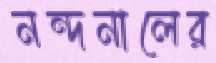
নন্দনালের